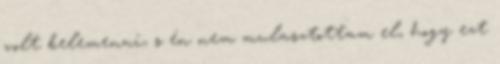
volt belemenni, s én nem mulasztottam el, hogy ezt